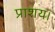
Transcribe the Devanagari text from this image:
प्राशय।